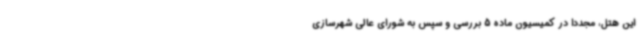
این هتل، مجدداً در کمیسیون ماده 5 بررسی و سپس به شورای عالی شهرسازی